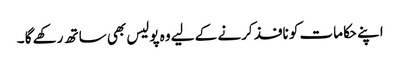
اپنے حکامات کو نافذ کرنے کے لیے وہ پولیس بھی ساتھ رکھے گا ۔